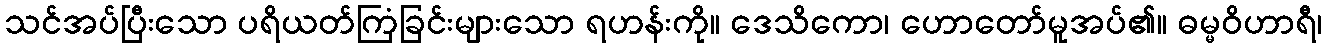
သင်အပ်ပြီးသော ပရိယတ်ကြံခြင်းများသော ရဟန်းကို။ ဒေသိကော၊ ဟောတော်မူအပ်၏။ ဓမ္မဝိဟာရီ၊